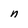
Character: n